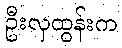
ဦးလှထွန်းက